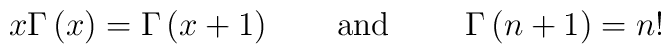
x\Gamma\left(x\right) = \Gamma\left(x+1\right) \hbox{\qquad and \qquad} \Gamma\left(n+1\right) = n!